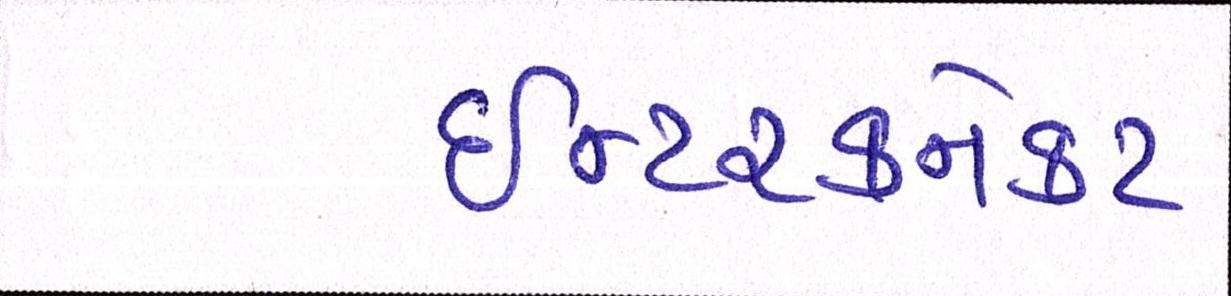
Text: ઈન્ટરકનેકટ